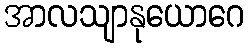
အာလသျာနုယောဂေ